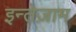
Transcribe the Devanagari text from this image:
इन्तेज़ाम